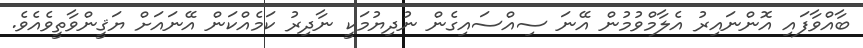
ބާއްވާފައި އޮންނައިރު އެލާމްވުމުން އޭނަ ސިއްސައިގެން ނުދިޔުމަކީ ނާދިރު ކަމެއްކަން އޭނައަށް ޔަޤީންވާތީވެއެވެ.